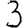
Digit: 3